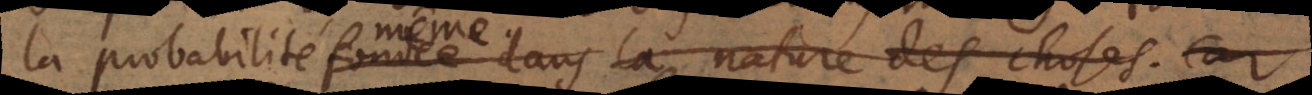
la probabilité fondée dans la nature des choses. Car